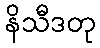
နိသီဒတု